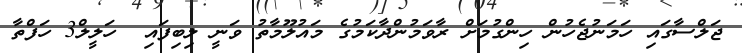
ޖަލްސާގައި ހަމަނުޖެހުން ހިންގުމަށް ރާވަމުންދާކަމުގެ މައުލޫމާތު ވަނީ ލިބިފައި  ހަލީލް3 ހަފްތާ